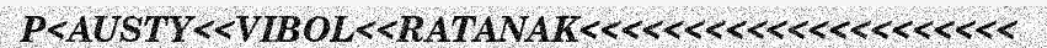
P<AUSTY<<VIBOL<<RATANAK<<<<<<<<<<<<<<<<<<<<<